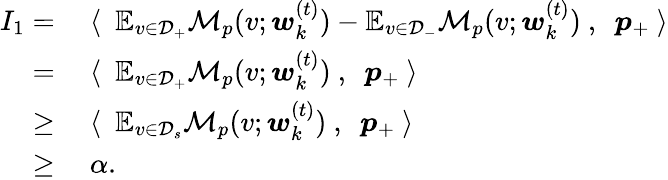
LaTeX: \begin{array}{rl}{I_{1}=}&{~\langle~~\mathbb{E}_{v\in\mathcal{D}_{+}}\mathcal{M}_{p}(v;{\boldsymbol w}_{k}^{(t)})-\mathbb{E}_{v\in\mathcal{D}_{-}}\mathcal{M}_{p}(v;{\boldsymbol w}_{k}^{(t)})~,~~{\boldsymbol p}_{+}~\rangle}\\ {=}&{~\langle~~\mathbb{E}_{v\in\mathcal{D}_{+}}\mathcal{M}_{p}(v;{\boldsymbol w}_{k}^{(t)})~,~~{\boldsymbol p}_{+}~\rangle}\\ {\ge}&{~\langle~~\mathbb{E}_{v\in\mathcal{D}_{s}}\mathcal{M}_{p}(v;{\boldsymbol w}_{k}^{(t)})~,~~{\boldsymbol p}_{+}~\rangle}\\ {\ge}&{~\alpha.}\end{array}